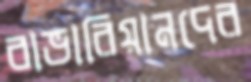
বাভারিয়ানদের